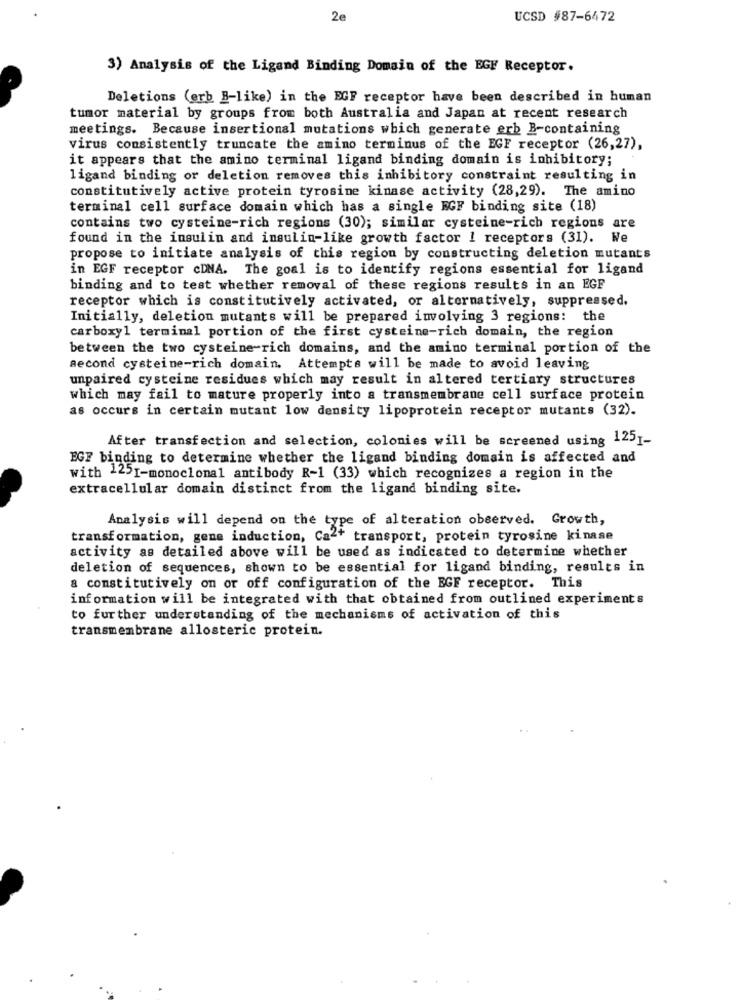
2e
UCSD #87-6472
3) Analysis of the Ligand Binding Domain of the EGF Receptor.
Deletions (erb B-like) in the EGF receptor have been described in human
tumor material by groups from both Australia and Japan at recent research
meetings. Because insertional mutations which generate erb B-containing
virus consistently truncate the amino terminus of the EGF receptor (26,27),
it appears that the amino terminal ligand binding domain is inhibitory;
ligand binding or deletion removes this inhibitory constraint resulting in
constitutively active protein tyrosine kinase activity (28,29). The amino
terminal cell surface domain which has a single EGF binding site (18)
contains two cysteine-rich regions (30); similar cysteine-rich regions are
found in the insulin and insulin-like growth factor 1 receptors (31). We
propose to initiate analysis of this region by constructing deletion mutants
in EGF receptor cDNA. The goal is to identify regions essential for ligand
binding and to test whether removal of these regions results in an EGF
receptor which is constitutively activated, or alternatively, suppressed.
Initially, deletion mutants will be prepared involving 3 regions: the
carboxyl terminal portion of the first cysteine-rich domain, the region
between the two cysteine-rich domains, and the amino terminal portion of the
second cysteine-rich domain. Attempts will be made to avoid leaving
unpaired cysteine residues which may result in altered tertiary structures
which may fail to mature properly into a transmembrane cell surface protein
as occurs in certain mutant low density lipoprotein receptor mutants (32).
After transfection and selection, colonies will be screened using 1251-
EGF binding to determine whether the ligand binding domain is affected and
with 1251-monoclonal antibody R-1 (33) which recognizes a region in the
extracellular domain distinct from the ligand binding site.
Analysis will depend on the type of alteration observed. Growth,
transformation, gene induction, Ca2+ transport, protein tyrosine kinase
activity as detailed above will be used as indicated to determine whether
deletion of sequences, shown to be essential for ligand binding, results in
a constitutively on or off configuration of the EGF receptor. This
information will be integrated with that obtained from outlined experiments
to further understanding of the mechanisms of activation of this
transmembrane allosteric protein.